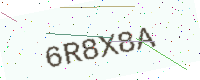
Text: 6R8X8A